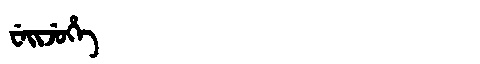
Manchu: ᠸᡝᡳᠵᡠᡥᡝ
Romanization: WEIJUHE